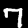
Label: 7